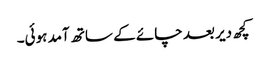
کچھ دیر بعد چائے کے ساتھ آمد ہوئی۔